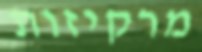
מרקיזות